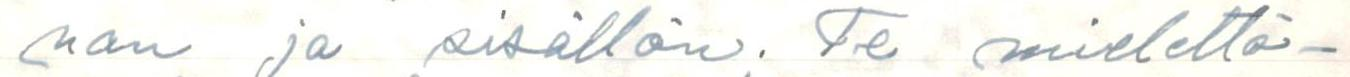
nan ja sisällön. Te mielettö-